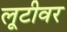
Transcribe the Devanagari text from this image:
लूटीवर